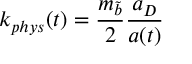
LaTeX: k _ { p h y s } ( t ) = \frac { m _ { \tilde { b } } } { 2 } \frac { a _ { D } } { a ( t ) }